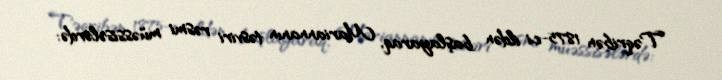
Təqribən 1875-ci ildən başlayaraq, Mariannanın təsviri rəsmi müəssisələrdə: